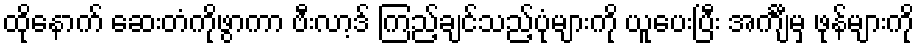
ထိုနောက် ဆေးတံကိုဖွာကာ ဗီးလာ့ဒ် ကြည့်ချင်သည့်ပုံများကို ယူပေးပြီး အင်္ကျီမှ ဖုန်များကို